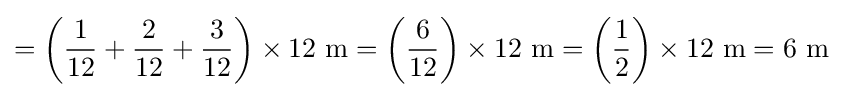
=\left({1 \over 12}+{2 \over 12}+{3 \over 12}\right)\times 12\ \mathrm {m} =\left({6 \over 12}\right)\times 12\ \mathrm {m} =\left({1 \over 2}\right)\times 12\ \mathrm {m} =6\ \mathrm {m}